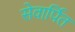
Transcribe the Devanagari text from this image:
सेवार्पित